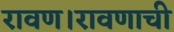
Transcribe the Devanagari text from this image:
रावण।रावणाची